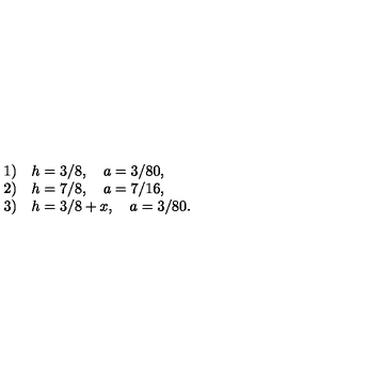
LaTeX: \begin{array} { l l } { 1 ) } & { h = 3 / 8 , \quad a = 3 / 8 0 , } \\ { 2 ) } & { h = 7 / 8 , \quad a = 7 / 1 6 , } \\ { 3 ) } & { h = 3 / 8 + x , \quad a = 3 / 8 0 . } \\ \end{array}